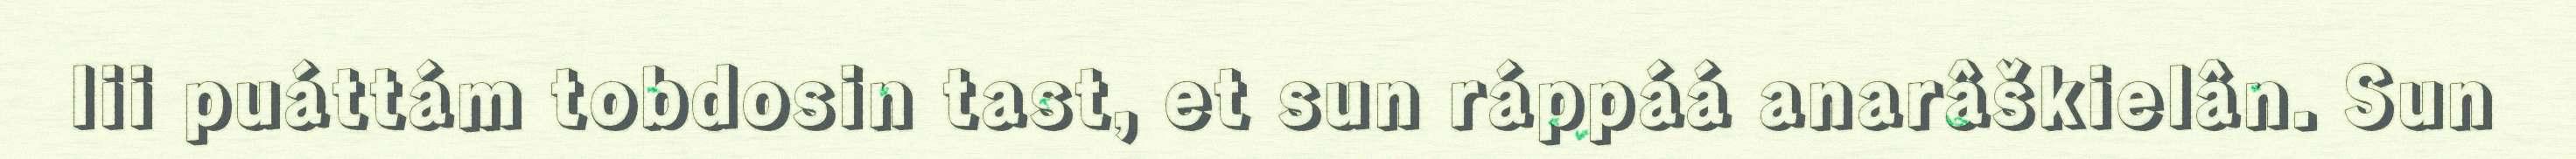
lii puáttám tobdosin tast, et sun ráppáá anarâškielân. Sun